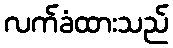
လက်ခံထားသည်